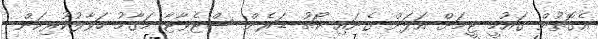
އެގޮތުން ގައުމީ ޓީމަށް އަލަށް ގެނައި ކޯޗު ޑަރެން ސްޓެވާޓާ މަގާމު ހަވާލުކުރިކަން